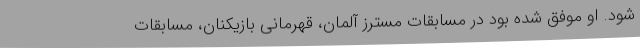
شود. او موفق شده بود در مسابقات مسترز آلمان، قهرمانی بازیکنان، مسابقات